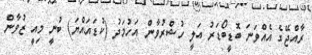
ރާއްޖޭގެ އެއްވަނަ ބޮޑީބޯޑަރު އަލީ ހުޝްރުވާން އަހުމަދު (ކުޑައައްޔަ) ބުނީ މިއީ ޒުވާން